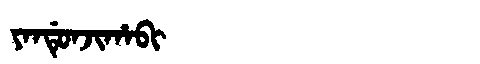
Manchu: ᠶᠠᠨᡩᡠᠨᠵᡳᡥᠠᠪᡳ
Romanization: YANDUNJIHABI